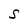
Character: S